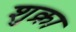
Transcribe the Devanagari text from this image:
शुक्रा